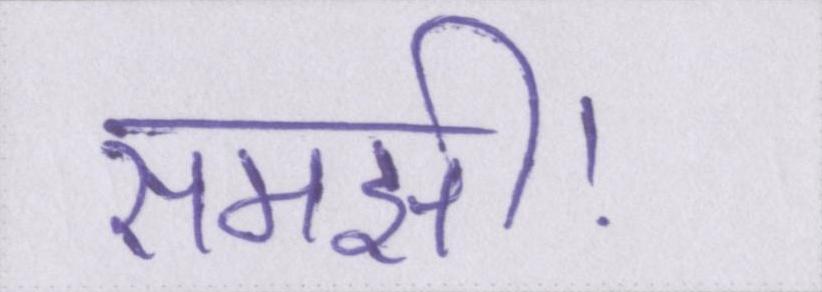
समझी।